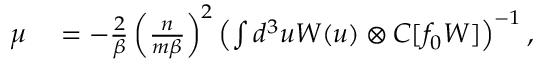
\begin{array} { r l } { \boldsymbol { \mu } } & { { } = - \frac { 2 } { \beta } \left( \frac { n } { m \beta } \right) ^ { 2 } \left( \int d ^ { 3 } u \boldsymbol { W } ( \boldsymbol { u } ) \otimes C [ f _ { 0 } \boldsymbol { W } ] \right) ^ { - 1 } , } \end{array}